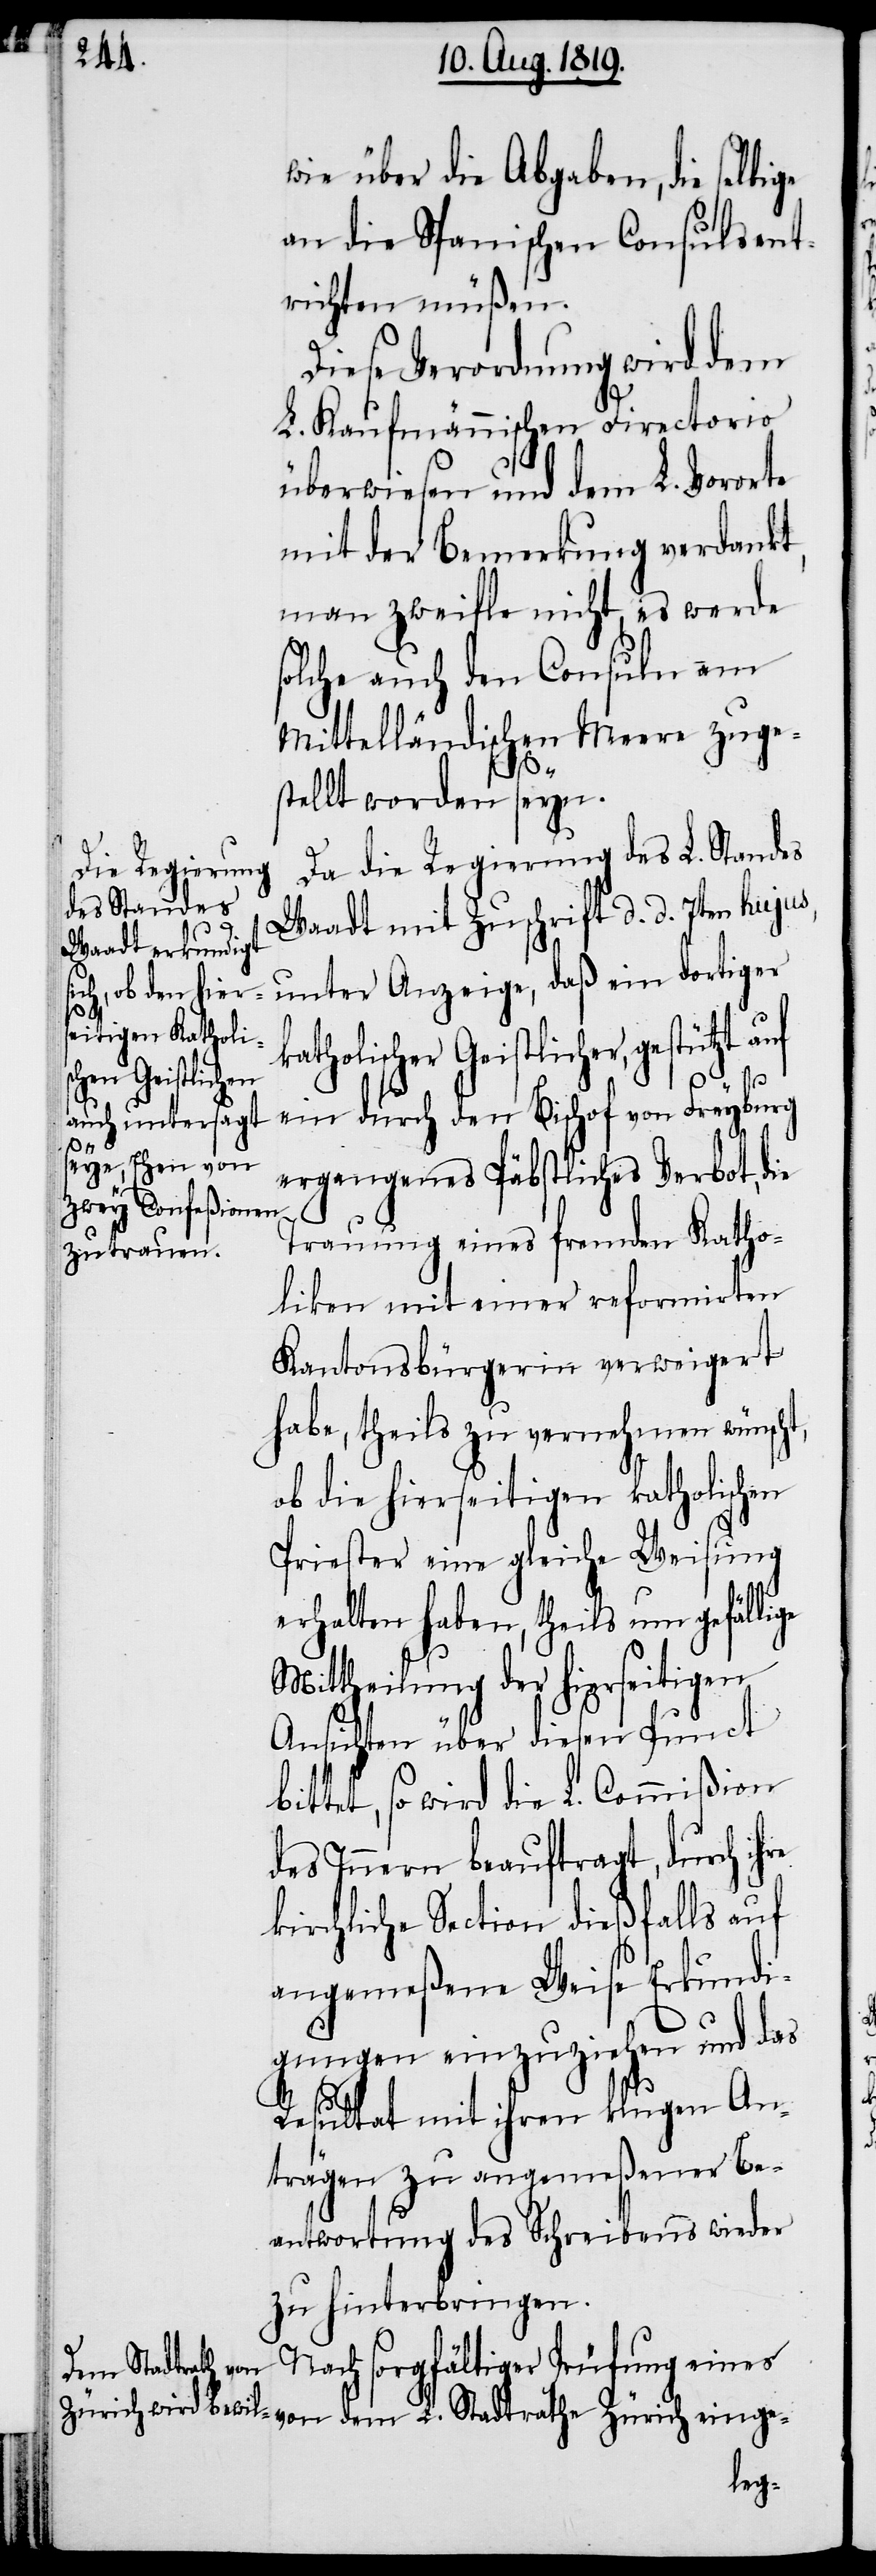
wie über die Abgaben, die selbige
an die Spanischen Consuls ent¬
richten müßen.
Diese Verordnung wird dem
L. Kaufmännischen Directorio
überwiesen und dem L. Vororte
mit der Bemerkung verdankt,
man zweifle nicht, es werde
solche auch den Consuln am
Mittelländischen Meere zuge¬
stellt worden seyn.
Da die Regierung des L. Standes
Waadt mit Zuschrift d. d. 7ten hujus,
unter Anzeige, daß ein dortiger
Zürich einge-
katholischer Geistlicher, gestützt auf
ein durch den Bischof von Freyburg
L.
ergangenes Päbstliches Verbot, die
Trauung eines fremden Katho¬
liken mit einer reformirten
Kantonsbürgerin verweigert
habe, theils zu vernehmen wünscht,
ob die hierseitigen katholischen
Priester eine gleiche Weisung
erhalten haben, theils um gefällige
Mittheilung der hierseitigen
Ansichten über diesen Punct
bittet, so wird die L. Commißion
des Innern beauftragt, durch ihre
kirchliche Section dießfalls auf
angemeßene Weise Erkundi¬
gungen einzuziehen und das
dem
Resultat mit ihren klugen An¬
trägen zu angemeßener Be¬
antwortung des Schreibens wieder
zu hinterbringen.
Nach sorgfältiger Prüfung eines